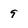
Character: 9